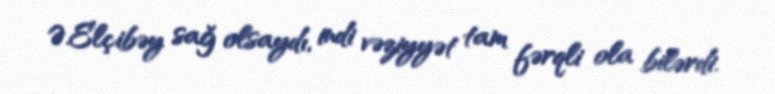
Ə.Elçibəy sağ olsaydı, indi vəziyyət tam fərqli ola bilərdi.